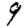
Digit: 9